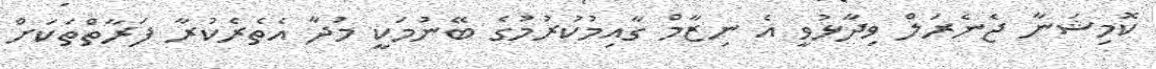
ކޮމިޝަނާ ޖެނެރަލް ވިދާޅުވީ އެ ނިޒާމް ގާއިމުކުރުމުގެ ބޭނުމަކީ މުދާ އެތެރެކުރާ ފަރާތްތަކަށް